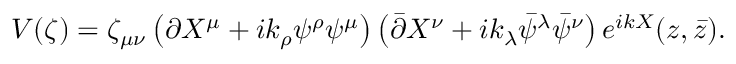
V ( \zeta ) = \zeta _ { \mu \nu } \left( \partial X ^ { \mu } + i k _ { \rho } \psi ^ { \rho } \psi ^ { \mu } \right) \left( \bar { \partial } X ^ { \nu } + i k _ { \lambda } \bar { \psi } ^ { \lambda } \bar { \psi } ^ { \nu } \right) e ^ { i k X } ( z , \bar { z } ) .